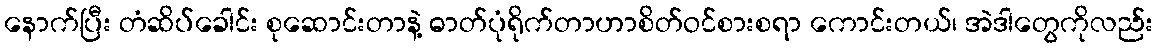
နောက်ပြီး တံဆိပ်ခေါင်း စုဆောင်းတာနဲ့ ဓာတ်ပုံရိုက်တာဟာစိတ်ဝင်စားစရာ ကောင်းတယ်၊ အဲဒါတွေကိုလည်း